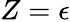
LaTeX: Z=\epsilon